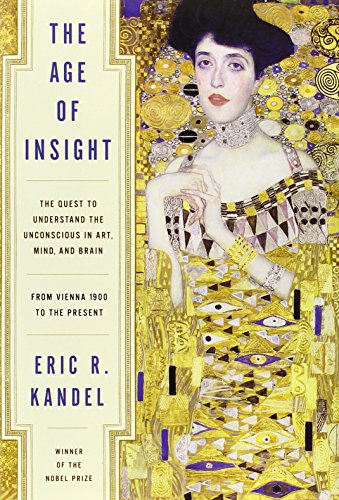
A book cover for The Age of Insight: The Quest to Understand the Unconscious in Art, Mind, and Brain, from Vienna 1900 to the Present; Eric Kandel; Literature & Fiction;